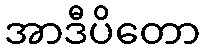
အာဒီပိတော